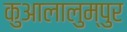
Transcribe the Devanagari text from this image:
कुआलालुम्पुर